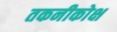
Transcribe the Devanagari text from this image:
तकनीकोक्ष